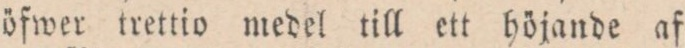
öfwer trettio medel till ett höjande af